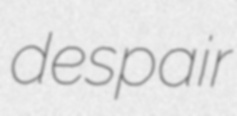
despair